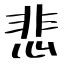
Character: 悲